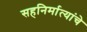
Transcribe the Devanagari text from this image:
सहनिर्मात्यांचे